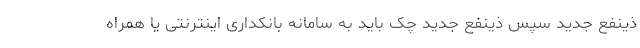
ذینفع جدید سپس ذینفع جدید چک باید به سامانه بانکداری اینترنتی یا همراه